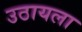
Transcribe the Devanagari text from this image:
उठायला